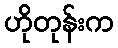
ဟိုတုန်းက